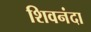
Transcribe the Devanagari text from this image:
शिवनंदा